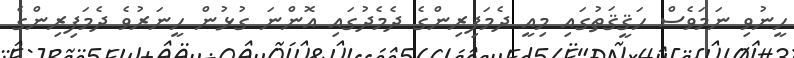
ހީނުވި ނަމަވެސް ހަޤީޤަތުގައި މިއީ ދެމަފިރިންގެ ދެމެދުގައި އޮންނަ ގުޅުން ހީނަރުވެ ދެމަފިރިންގެ